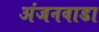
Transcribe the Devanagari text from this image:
अंजनवाडा